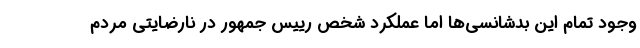
وجود تمام این بدشانسی‌ها اما عملکرد شخص رییس جمهور در نارضایتی مردم